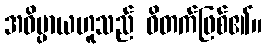
အဓိပ္ပာယဟူသည် ဝိတက်ဖြစ်၏။